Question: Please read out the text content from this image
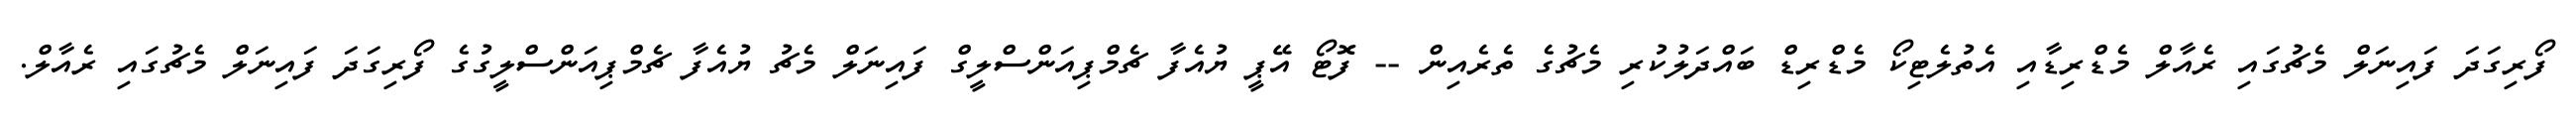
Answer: ފޯރިގަދަ ފައިނަލް މެޗުގައި ރެއާލް މެޑްރިޑާއި އެތުލެޓިކޯ މެޑްރިޑް ބައްދަލުކުރި މެޗުގެ ތެރެއިން -- ފޮޓޯ އޭޕީ ޔުއެފާ ޗެމްޕިއަންސްލީގް ފައިނަލް މެޗު ޔުއެފާ ޗެމްޕިއަންސްލީގުގެ ފޯރިގަދަ ފައިނަލް މެޗުގައި ރެއާލް.